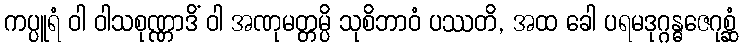
ကပ္ပူရံ ဝါ ဝါသစုဏ္ဏာဒိံ ဝါ အဏုမတ္တမ္ပိ သုစိဘာဝံ ပဿတိ, အထ ခေါ ပရမဒုဂ္ဂန္ဓဇေဂုစ္ဆံ